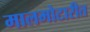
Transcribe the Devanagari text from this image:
मालमोटारीत